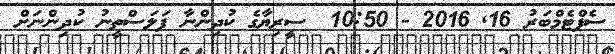
ސެޕްޓެމްބަރު 16